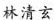
林清玄